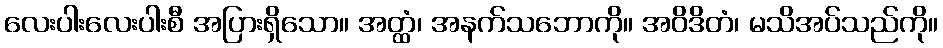
လေးပါးလေးပါးစီ အပြားရှိသော။ အတ္ထံ၊ အနက်သဘောကို။ အဝိဒိတံ၊ မသိအပ်သည်ကို။